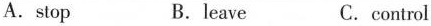
A.stop B.leave C.control